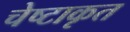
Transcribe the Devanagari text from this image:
चेष्टाकृत